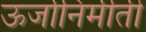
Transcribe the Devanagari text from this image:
ऊर्जानिर्मीती